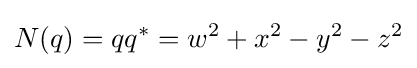
N(q)=qq^{*}=w^{2}+x^{2}-y^{2}-z^{2}